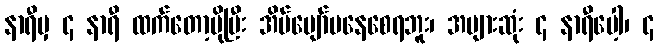
နာရီမှ ၄ နာရီ ထက်တော့ပိုပြီး အိပ်ပျော်မနေစေရဘူး၊ အများဆုံး ၄ နာရီပေါ့၊ ၄